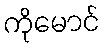
ကိုမောင်